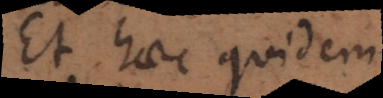
Et haec quidem